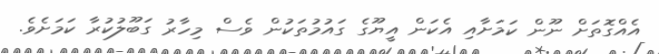
އެއްގޮތަށް ނޫން ކަމަށާއި އެކަން އީޔޫގެ ގައުމުތަކުން ވެސް މިހާރު ގަބޫލުކުރާ ކަމަށެވެ.